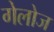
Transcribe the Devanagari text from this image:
गेलोज